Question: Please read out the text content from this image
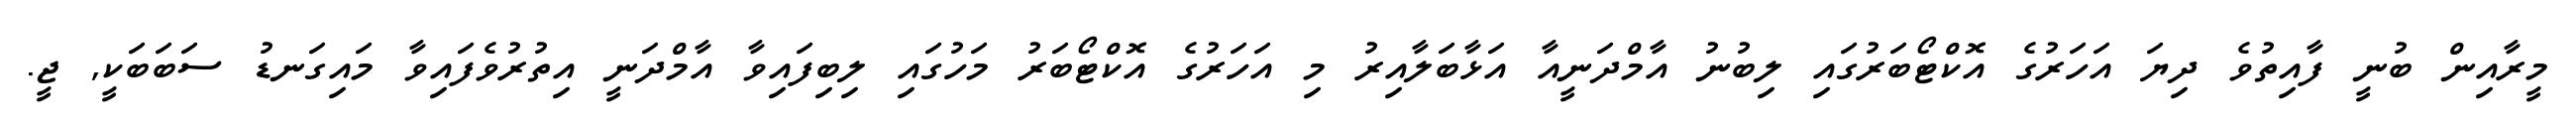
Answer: މީރާއިން ބުނީ ފާއިތުވެ ދިޔަ އަހަރުގެ އޮކްޓޯބަރުގައި ލިބުނު އާމްދަނީއާ އަޅާބަލާއިރު މި އަހަރުގެ އޮކްޓޯބަރު މަހުގައި ލިބިފައިވާ އާމްދަނީ އިތުރުވެފައިވާ މައިގަނޑު ސަބަބަކީ, ޖީ.